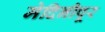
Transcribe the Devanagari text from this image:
मेदिनीपूर